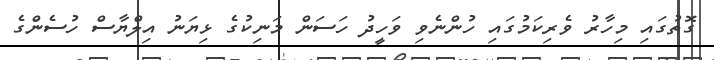
ގޮތުގައި މިހާރު ވެރިކަމުގައި ހުންނެވި ވަހީދު ހަސަން މަނިކުގެ ޅިޔަނު އިލްޔާސް ހުސެންގެ